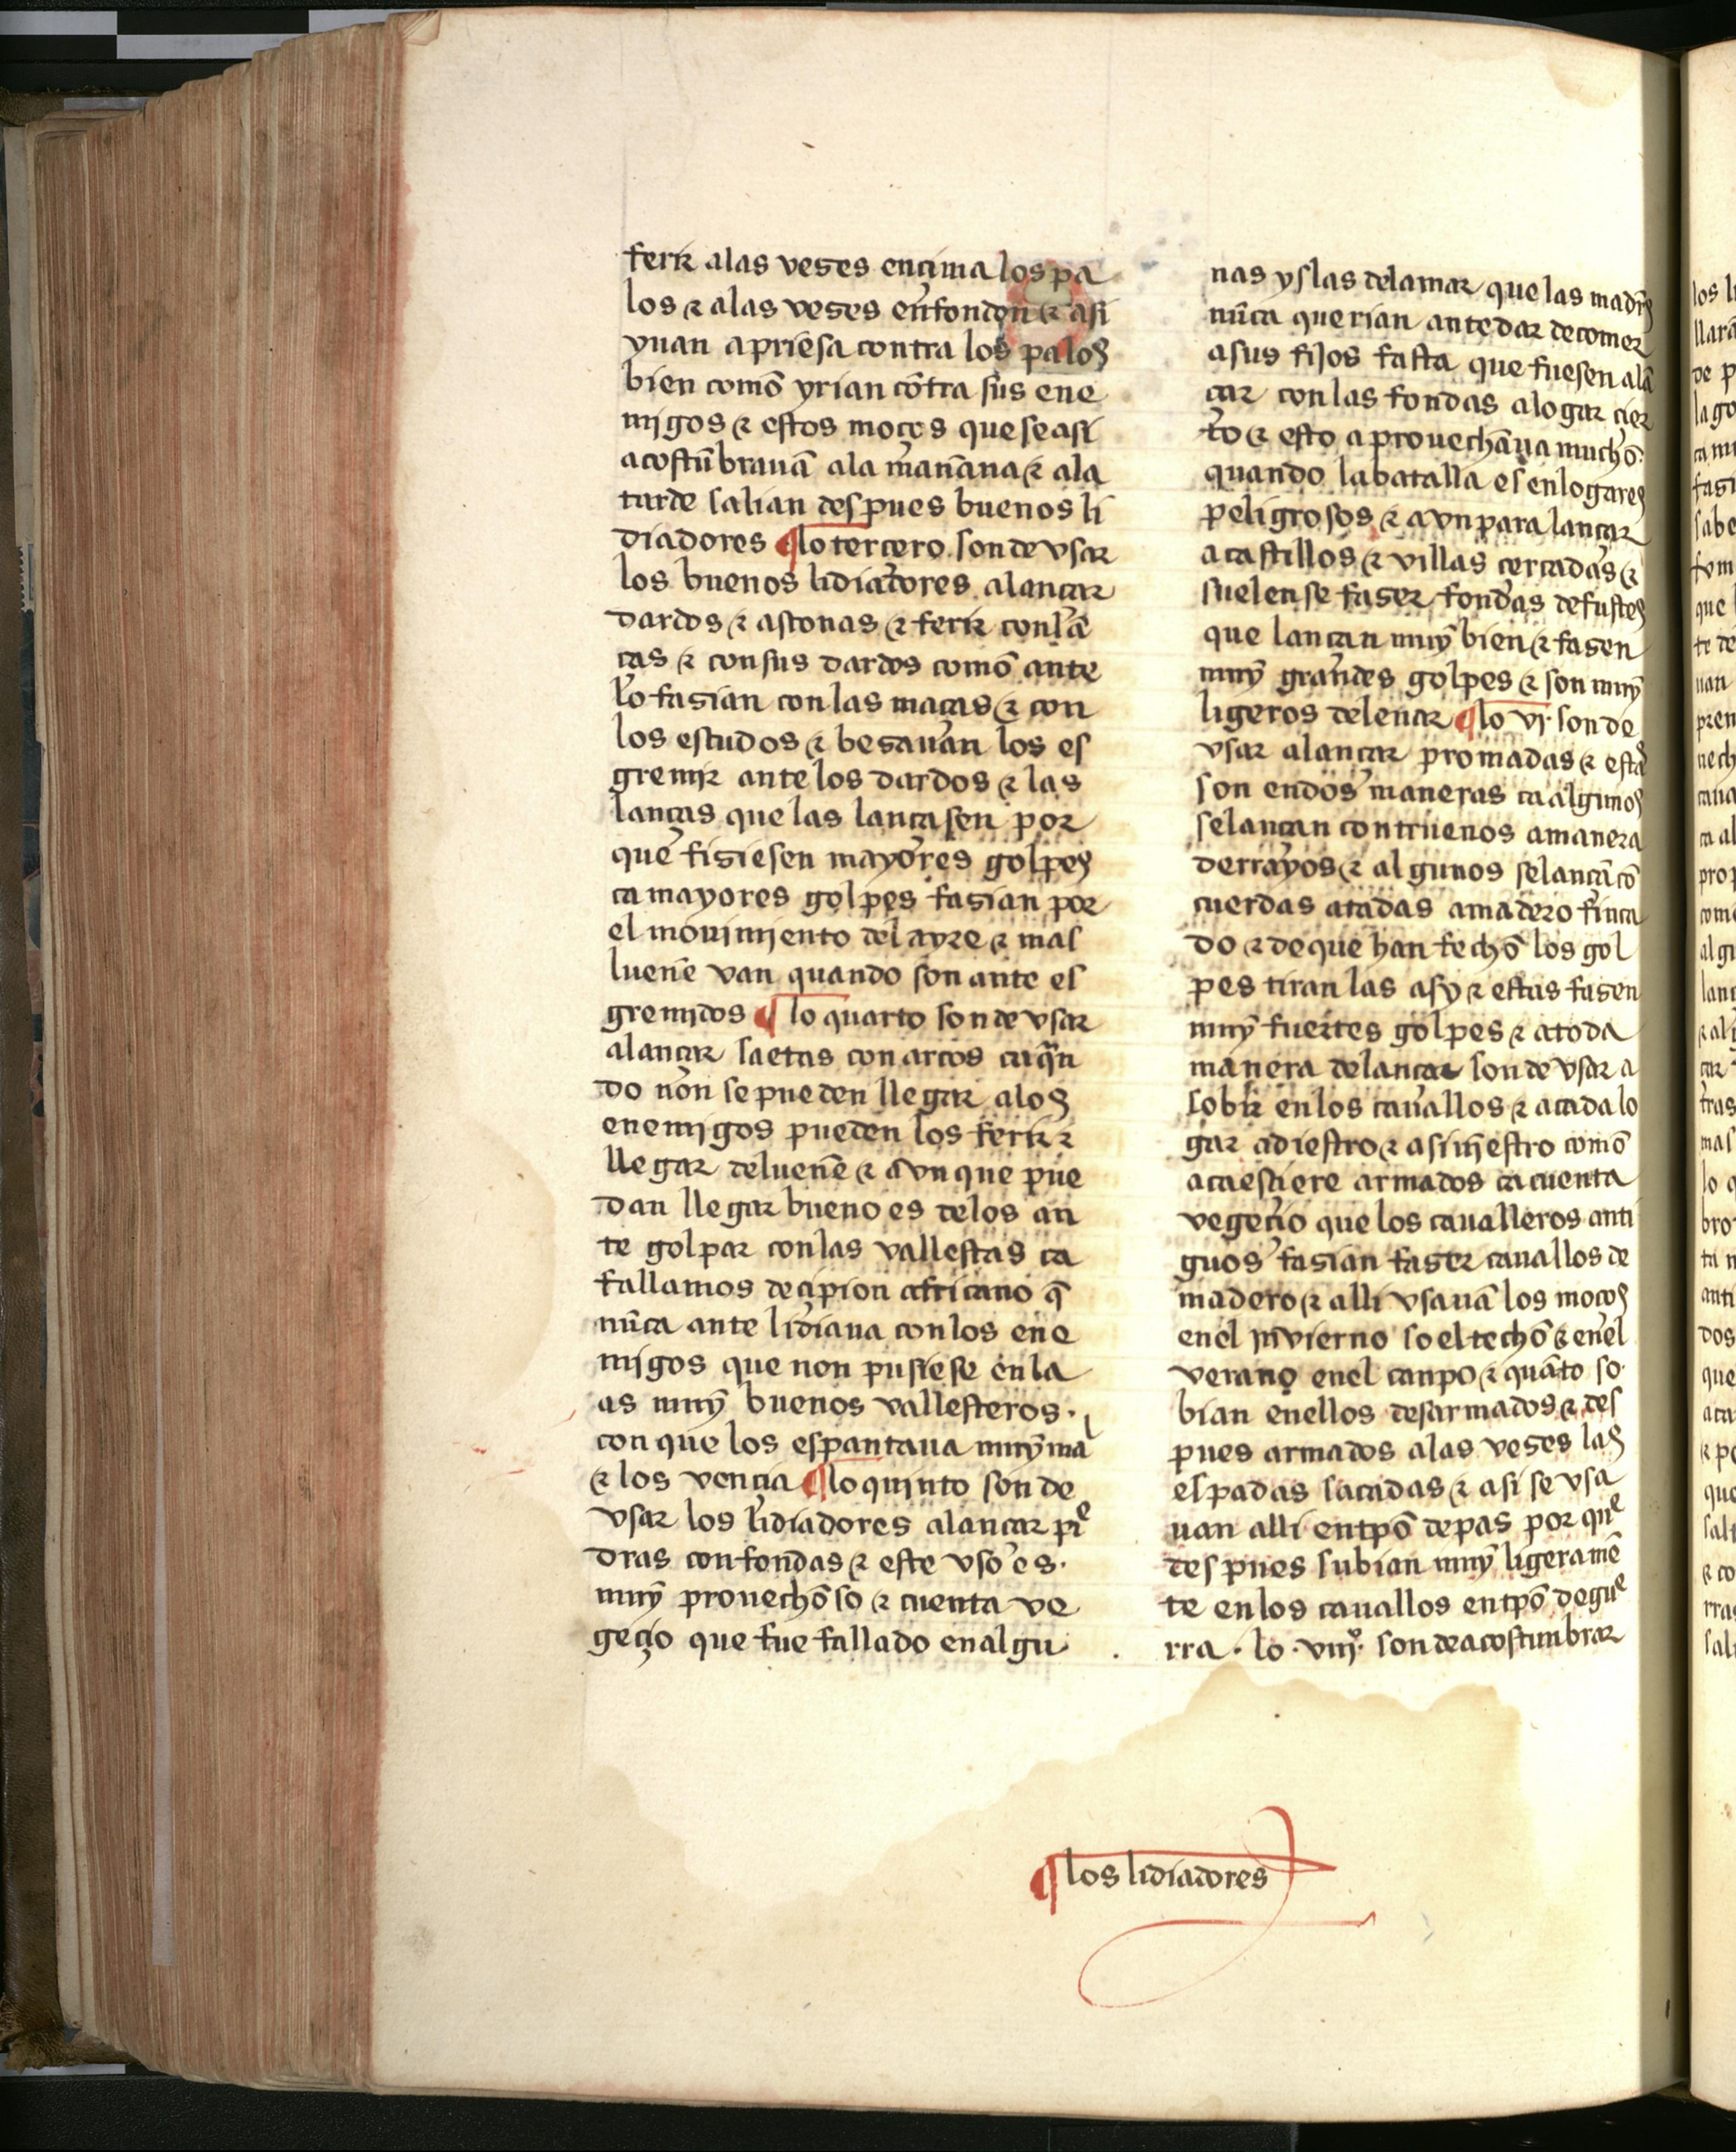
Shelfmark: Salamanca, Biblioteca Histórica USAL, 2709
Century: 15